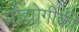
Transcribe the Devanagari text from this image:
प्रौद्योगीकी